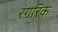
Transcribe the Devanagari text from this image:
रंगरिक